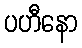
ပဟီနော